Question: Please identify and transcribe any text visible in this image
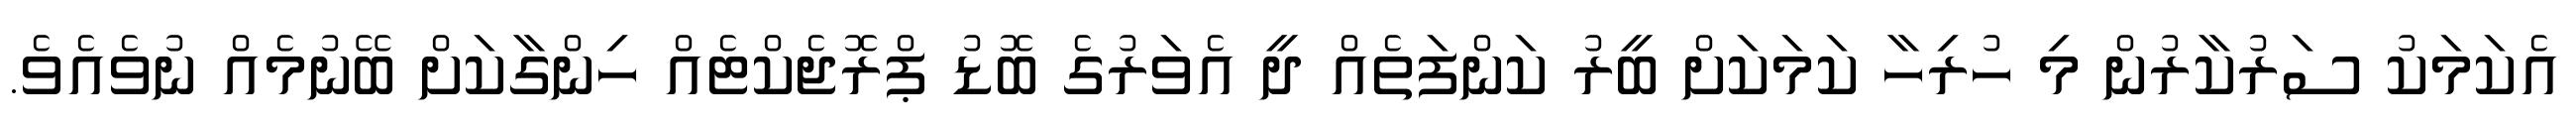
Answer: އެކަމަކު ސަރުކާރުން މި ހުރިހާ ކަމަކަށް ބީރު ކަންފަތެއް ދީ އެވަރުގެ ބޮޑު ޕްރޮޖެކްޓެއް ހިންގާކަށް ބޭނުމެއް ނުވެއެވެ.